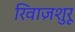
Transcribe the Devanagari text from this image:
रिवाज़शुरू